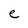
Character: e